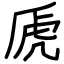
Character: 虒